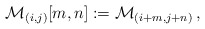
\begin{align*}\mathcal{M}_{(i,j)} [m,n] := \mathcal{M}_{(i+m,j+n)} \, ,\end{align*}